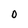
Character: O